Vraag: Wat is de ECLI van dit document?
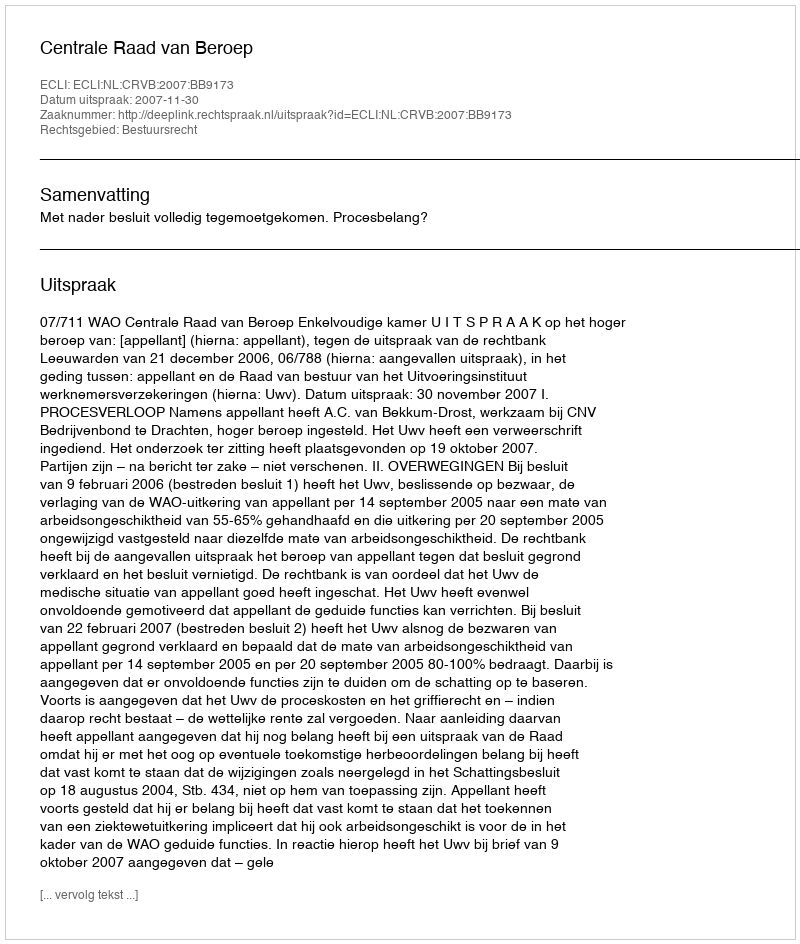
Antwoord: ECLI:NL:CRVB:2007:BB9173